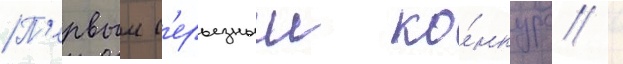
П'ервыи с'ерьезныи ко́нкурс /